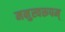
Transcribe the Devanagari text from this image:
मनुस्वरूपम्